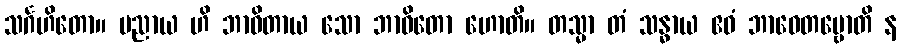
သင်္ဂဟိတော။ ပညာယ ဟိ ဘာဝိတာယ သော ဘာဝိတော ဟောတိ။ တသ္မာ တံ သန္ဓာယ ဧဝံ ဘာဝေတဗ္ဗောတိ န